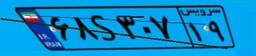
۶۸S۳۰۷۱۹